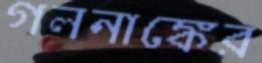
গলনাঙ্কের